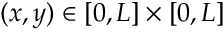
( x , y ) \in \left[ 0 , L \right] \times \left[ 0 , L \right]